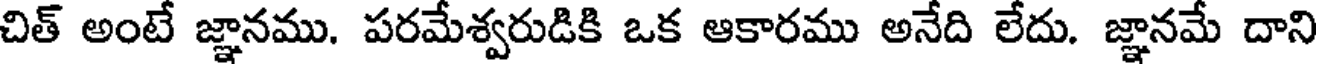
చిత్ అంటే జ్ఞానము. పరమేశ్వరుడికి ఒక ఆకారము అనేది లేదు. జ్ఞానమే దాని